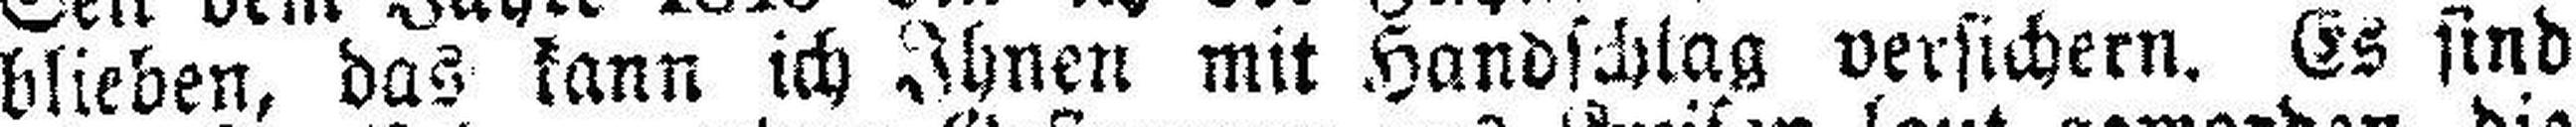
blieben, das kann ich Ihnen mit Handschlag versichern. Es sind